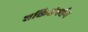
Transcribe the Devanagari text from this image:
शक्तिसंवर्धन